Civil Veterinary Dept. Bombay admin report 1914-1922 - 1914-1922
Year: 1914
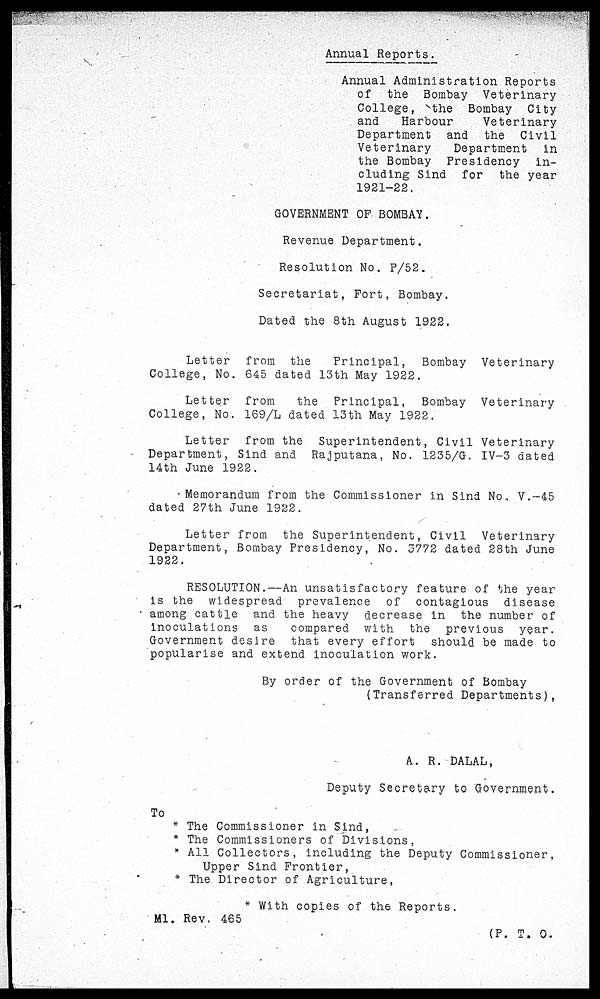
Annual Reports.
Annual Administration Reports
of the Bombay Veterinary
College,
the Bombay City
and
Harbour
Veterinary
Department and the
Civil
Veterinary
Department
in
the Bombay Presidency
in-
cluding Sind for
the year
1921-22.
GOVERNMENT OF BOMBAY.
Revenue Department.
Resolution No. P/52.
Secretariat, Fort, Bombay.
Dated the 8th August 1922.
Letter
from the
Principal,
Bombay Veterinary
College, No. 645 dated 13th May 1922.
Letter from
the Principal,
Bombay Veterinary
College, No. 169/L dated 13th May 1922.
Letter
from the Superintendent, Civil Veterinary
Department, Sind and Rajputana, No. 1235/G. IV-3 dated
14th June 1922.
Memorandum from the Commissioner in Sind No. V.-45
dated 27th June 1922.
Letter from the Superintendent, Civil
Veterinary
Department, Bombay Presidency, No. 3772 dated 28th June
1922.
RESOLUTION.—An unsatisfactory feature of the year
is the widespread prevalence of contagious
disease
among cattle and the heavy decrease in the number of
inoculations
as
compared with the previous
year.
Government desire that every effort
should be made to
popularise and extend inoculation work.
By order of the Government of Bombay
(Transferred Departments),
A. R. DALAL,
Deputy Secretary to Government.
To
* The Commissioner in Sind,
* The Commissioners of Divisions,
* All Collectors, including the Deputy Commissioner,
Upper Sind Frontier,
* The Director of Agriculture,
* With copies of the Reports.
M1. Rev. 465
(P. T. O.